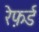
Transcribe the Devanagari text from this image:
रेफ़र्ड